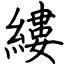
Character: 縷